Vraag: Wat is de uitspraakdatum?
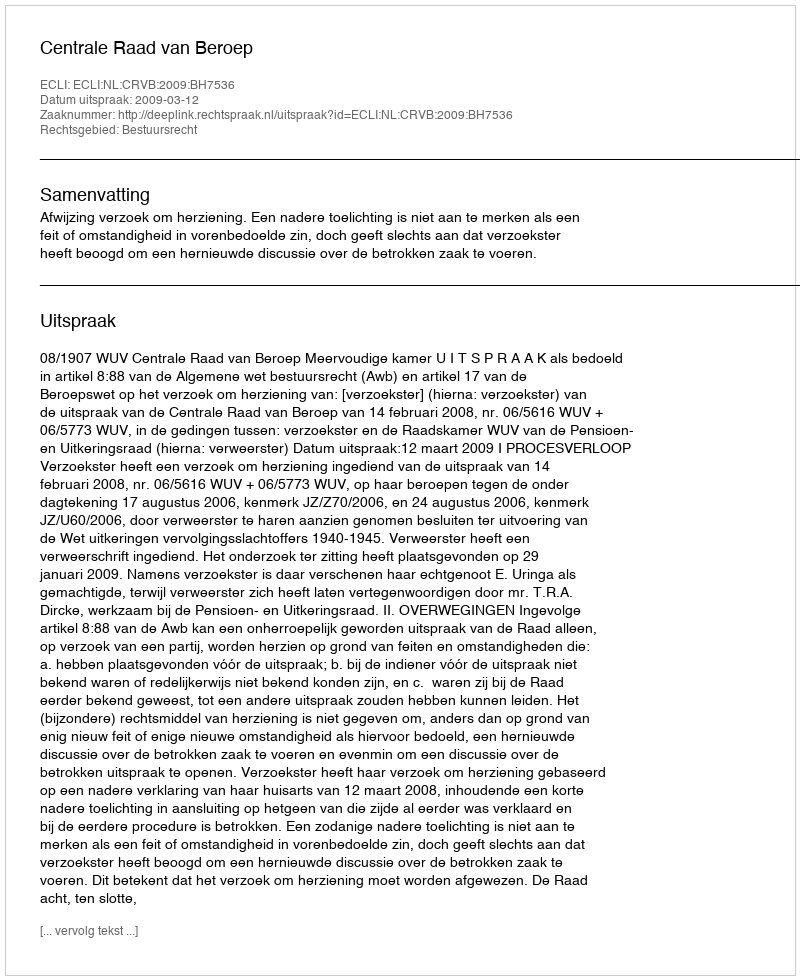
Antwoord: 2009-03-12